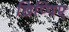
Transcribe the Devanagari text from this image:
छिप्पिए